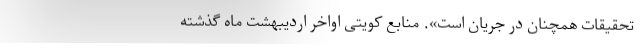
تحقیقات همچنان در جریان است». منابع کویتی اواخر اردیبهشت ماه گذشته